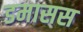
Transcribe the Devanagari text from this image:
डमासस